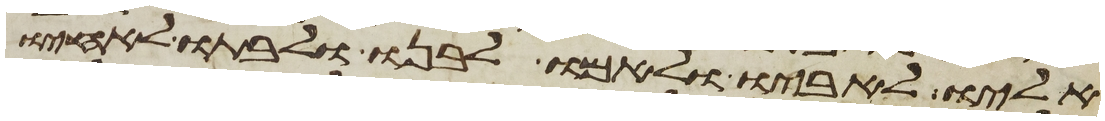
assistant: אליו לאביו ולאמו לבנו ולבתו לאחיו